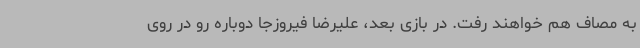
به مصاف هم خواهند رفت. در بازی بعد، علیرضا فیروزجا دوباره رو در روی